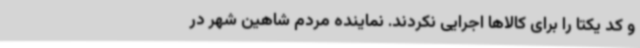
و کد یکتا را برای کالاها اجرایی نکردند. نماینده مردم شاهین شهر در